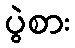
ပွဲစား